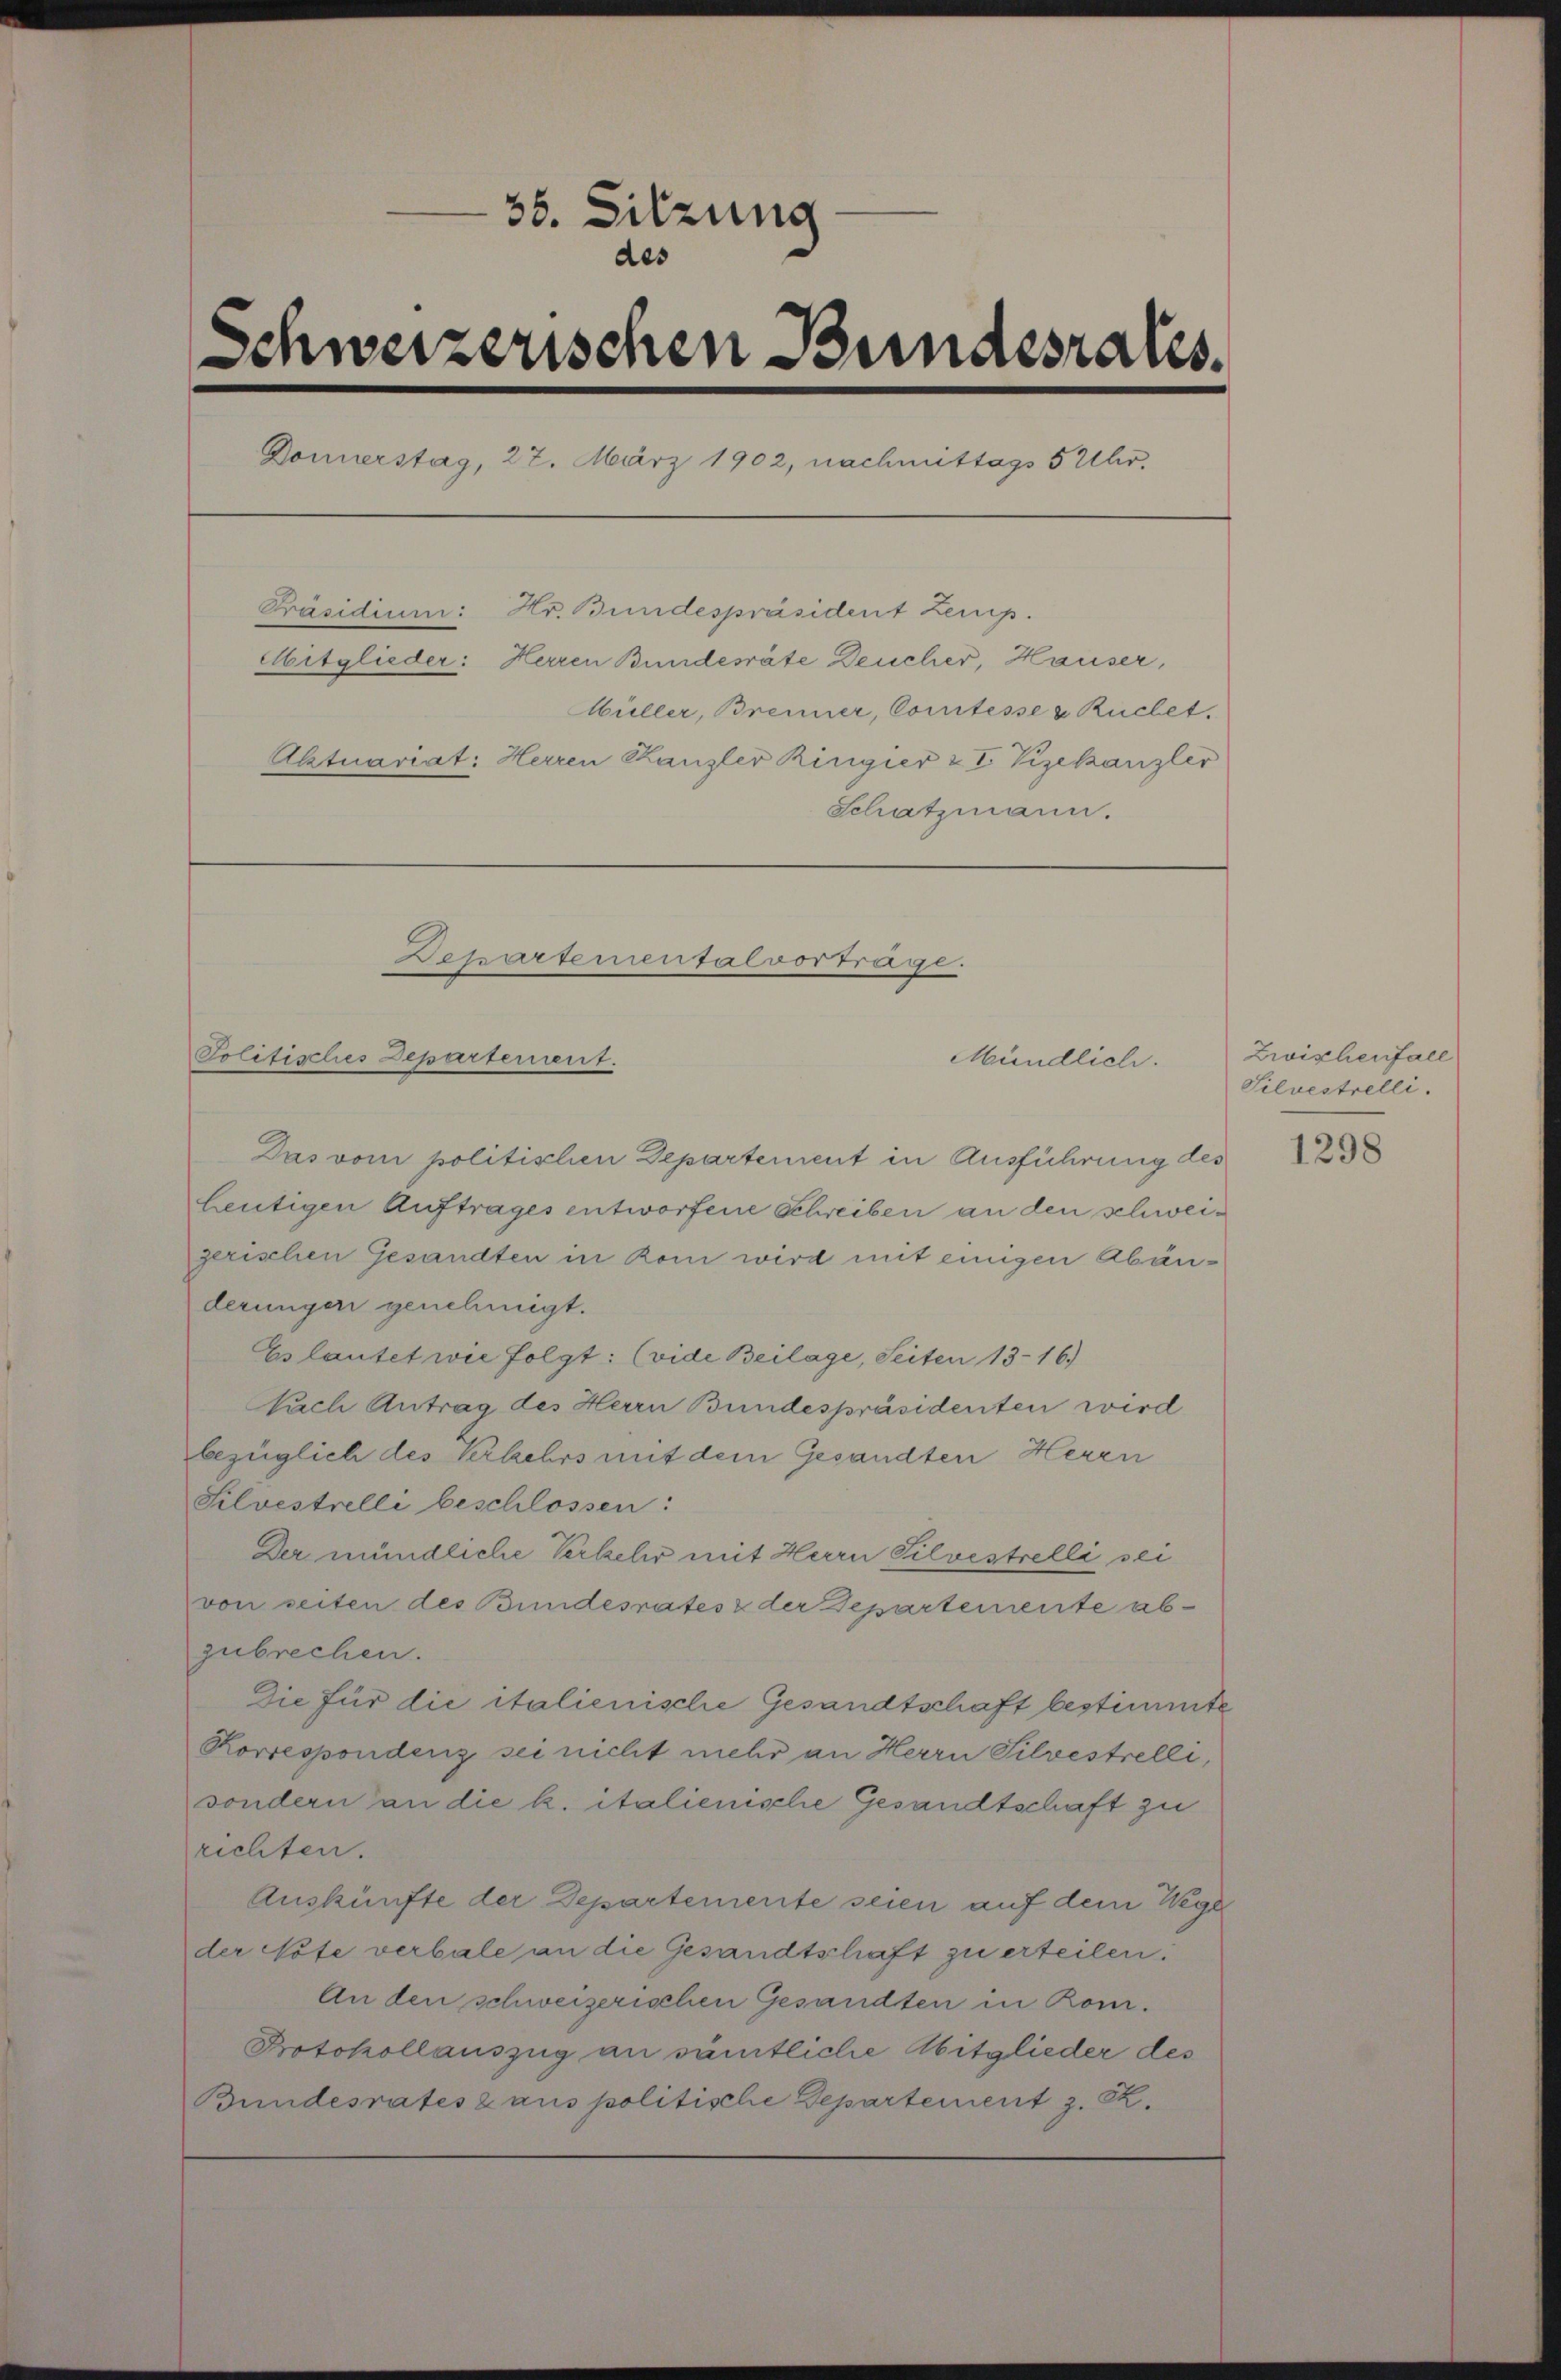
86. Sitzung
des
Schweizerischen Bundesrates.
Donnerstag, 27. März 1902, nachmittags 5 Uhr,
Präsidium: Hr. Bundespräsident Zemp.
Mitglieder: Herren Bundesräte Deucher, Hauser,
Müller, Brenner, Comtesser Ruchet.
Alztuariat: Herren Kanzler Kirigier & I. Vizekanzler
Schatzmann.
Departemental vortrage.
Politisches Departement.
Mündlich.

Das vom politischen Departement in Ausführung des
Leutigen Auftrages entworfene Schreiben an den schweigerischen Gesandten in Rom wird mit einigen Abänderungen genehmigt.
Es lautet wie folgt: (vide Beilage, Seiten 1316)
Nach Antrag des Herrn Bundespräsidenten wird
bezüglich des Verkehrs mit dem Gesandten Herrn
Silvestrelle beschlossen:
Der mündliche Verkehr mit Herrn Silvestrelli sei
von seiten des Bundesrates & der Departemente abzubrechen.
Die für die italienische Gesandtschaft bestimmte
Rorrespondenz sei nicht mehr an Herrn Silvestrelli,
sondern an die k. italienische Gesandtschaft zu
richten.
Auskünfte der Departemente seien auf dem Wege
der Note verbale an die Gesandtschaft zu erteilen.
An den schweizerischen Gesandten in Rour.
Protokollauszug an sämtliche Abitglieder des
Bundesrates & aus politische Departement z. B.

Zwizhenfall
Silvestrelli.

1298